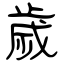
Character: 歲